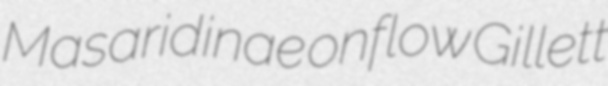
Masaridinae onflow Gillett